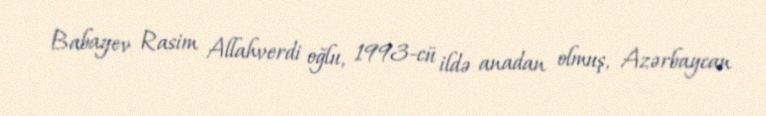
Babayev Rasim Allahverdi oğlu, 1993-cü ildə anadan olmuş, Azərbaycan